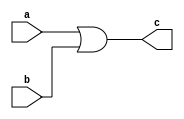
/*
ESTE EXEMPLO DESCREVE O NVEL 
DE ABSTRAO ESTRUTURAL DO HDL
*/

module or_base(a, b, c);

input a, b;
output c;

or (c, a, b); // EXEMPLO ESTRUTURAL

endmodule